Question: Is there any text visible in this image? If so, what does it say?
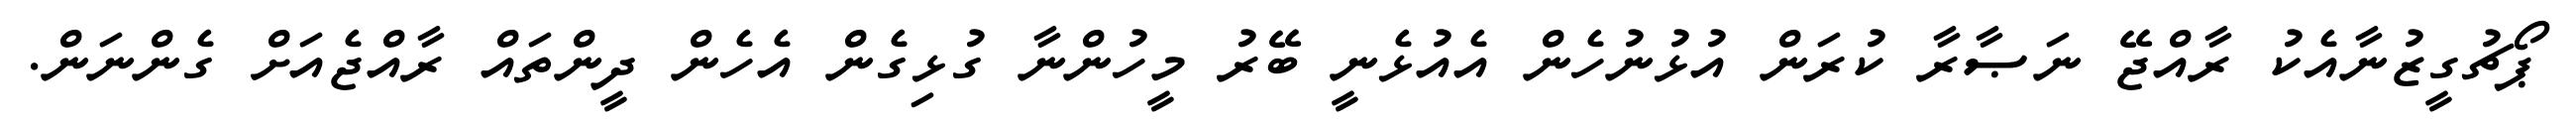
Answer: ޕޯޗުގީޒުނާއެކު ރާއްޖޭ ނަޞާރާ ކުރަން އުޅުނުހެން އެއުޅެނީ ބޭރު މީހުންނާ ގުޅިގެން އެހެން ދީންތައް ރާއްޖެއަށް ގެންނަން.